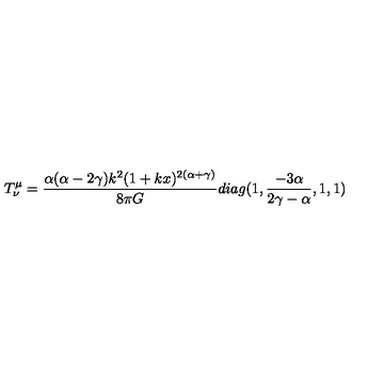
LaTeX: T _ { \nu } ^ { \mu } = \frac { \alpha ( \alpha - 2 \gamma ) k ^ { 2 } ( 1 + k x ) ^ { 2 ( \alpha + \gamma ) } } { 8 \pi G } d i a g ( 1 , \frac { - 3 \alpha } { 2 \gamma - \alpha } , 1 , 1 )